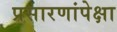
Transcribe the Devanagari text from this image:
प्रसारणांपेक्षा